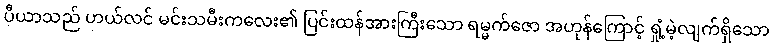
ပီယာသည် ဟယ်လင် မင်းသမီးကလေး၏ ပြင်းထန်အားကြီးသော ရမ္မက်ဇော အဟုန်ကြောင့် ရှုံ့မဲ့လျက်ရှိသော